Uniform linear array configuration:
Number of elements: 24
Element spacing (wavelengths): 0.25
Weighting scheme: cosine
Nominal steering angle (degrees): -30
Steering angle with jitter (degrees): -28.947
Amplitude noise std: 0.05
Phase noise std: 0.05

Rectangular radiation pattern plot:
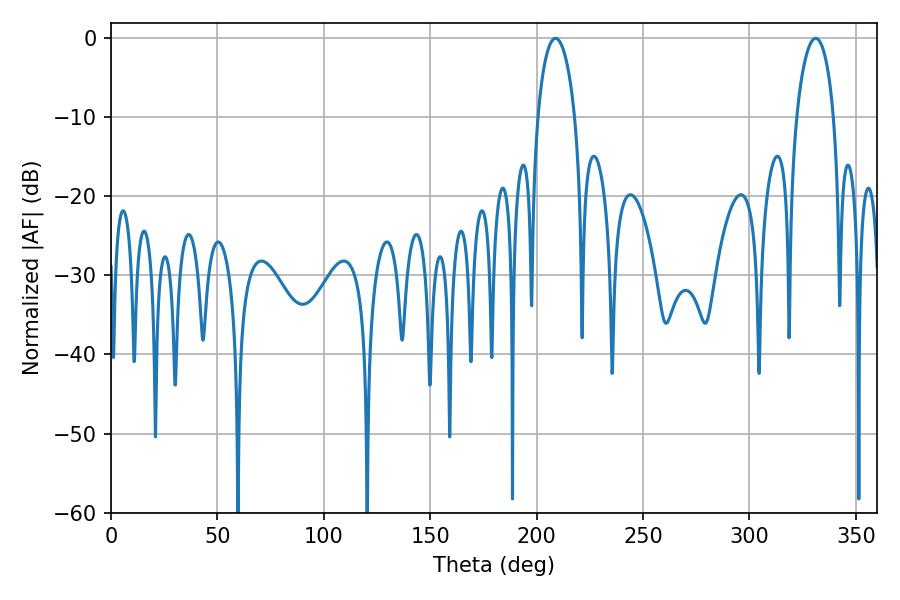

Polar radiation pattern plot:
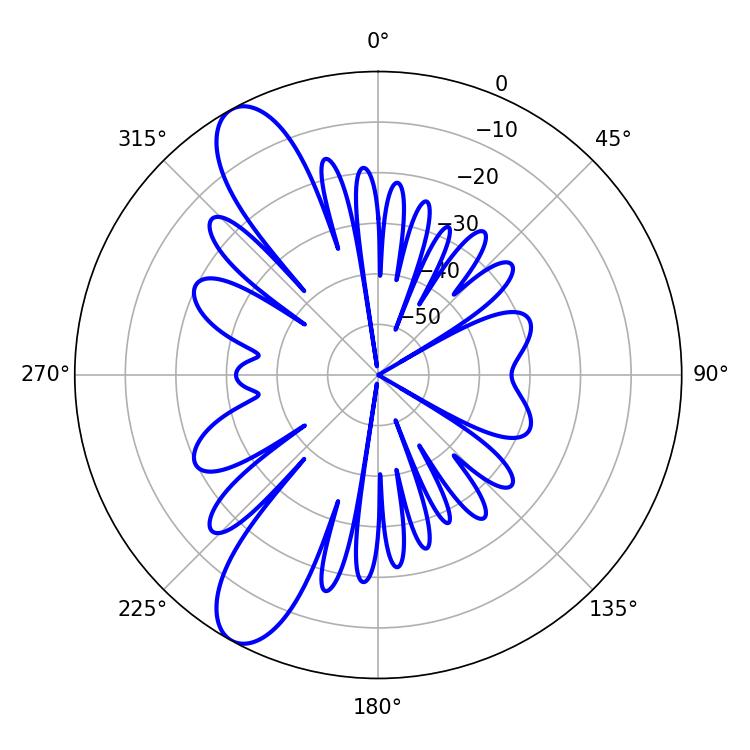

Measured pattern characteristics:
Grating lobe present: FALSE
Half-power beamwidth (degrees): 10.08
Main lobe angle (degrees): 208.8